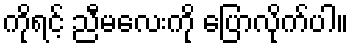
ကိုရင့် ညီမလေးကို ပြောလိုက်ပါ။